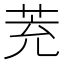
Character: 茺